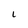
Character: l